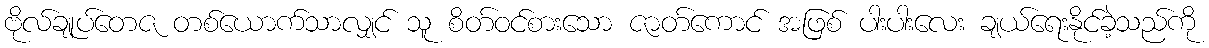
ဗိုလ်ချုပ်တေဇ တစ်ယောက်သာလျှင် သူ စိတ်ဝင်စားသော ဇာတ်ကောင် အဖြစ် ပါးပါးလေး ချယ်ရေးနိုင်ခဲ့သည်ကို